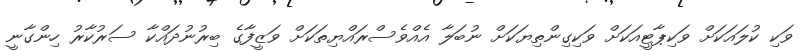
ވަކި ކުލައަކަށް ވަކިޕާޓީއަކަށް ވަކިގިންތިޔަކަށް ނުބަލާ އެއްވެސްރައްޔިތަކަށް ވަޒީފާގެ ބިރުނުދައްކާ ސަރުކާރު ހިންގާނީ